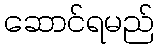
ဆောင်ရမည်